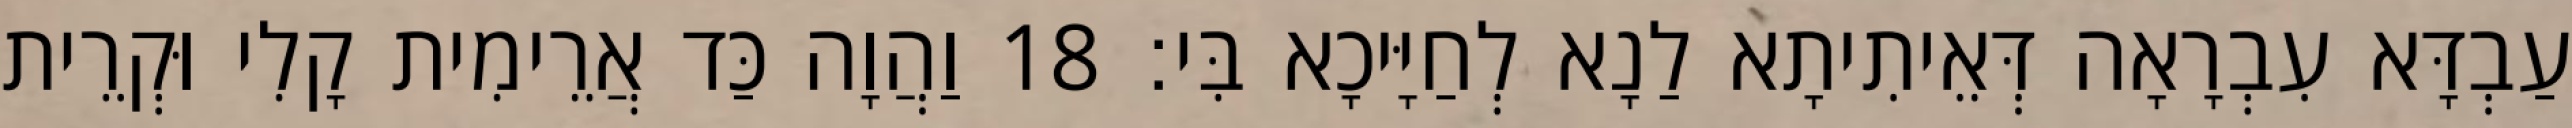
עַבְדָּא עִבְרָאָה דְּאֵיתִיתָא לַנָא לְחַיָּיכָא בִּי׃ 18 וַהֲוָה כַּד אֲרֵימִית קָלִי וּקְרֵית